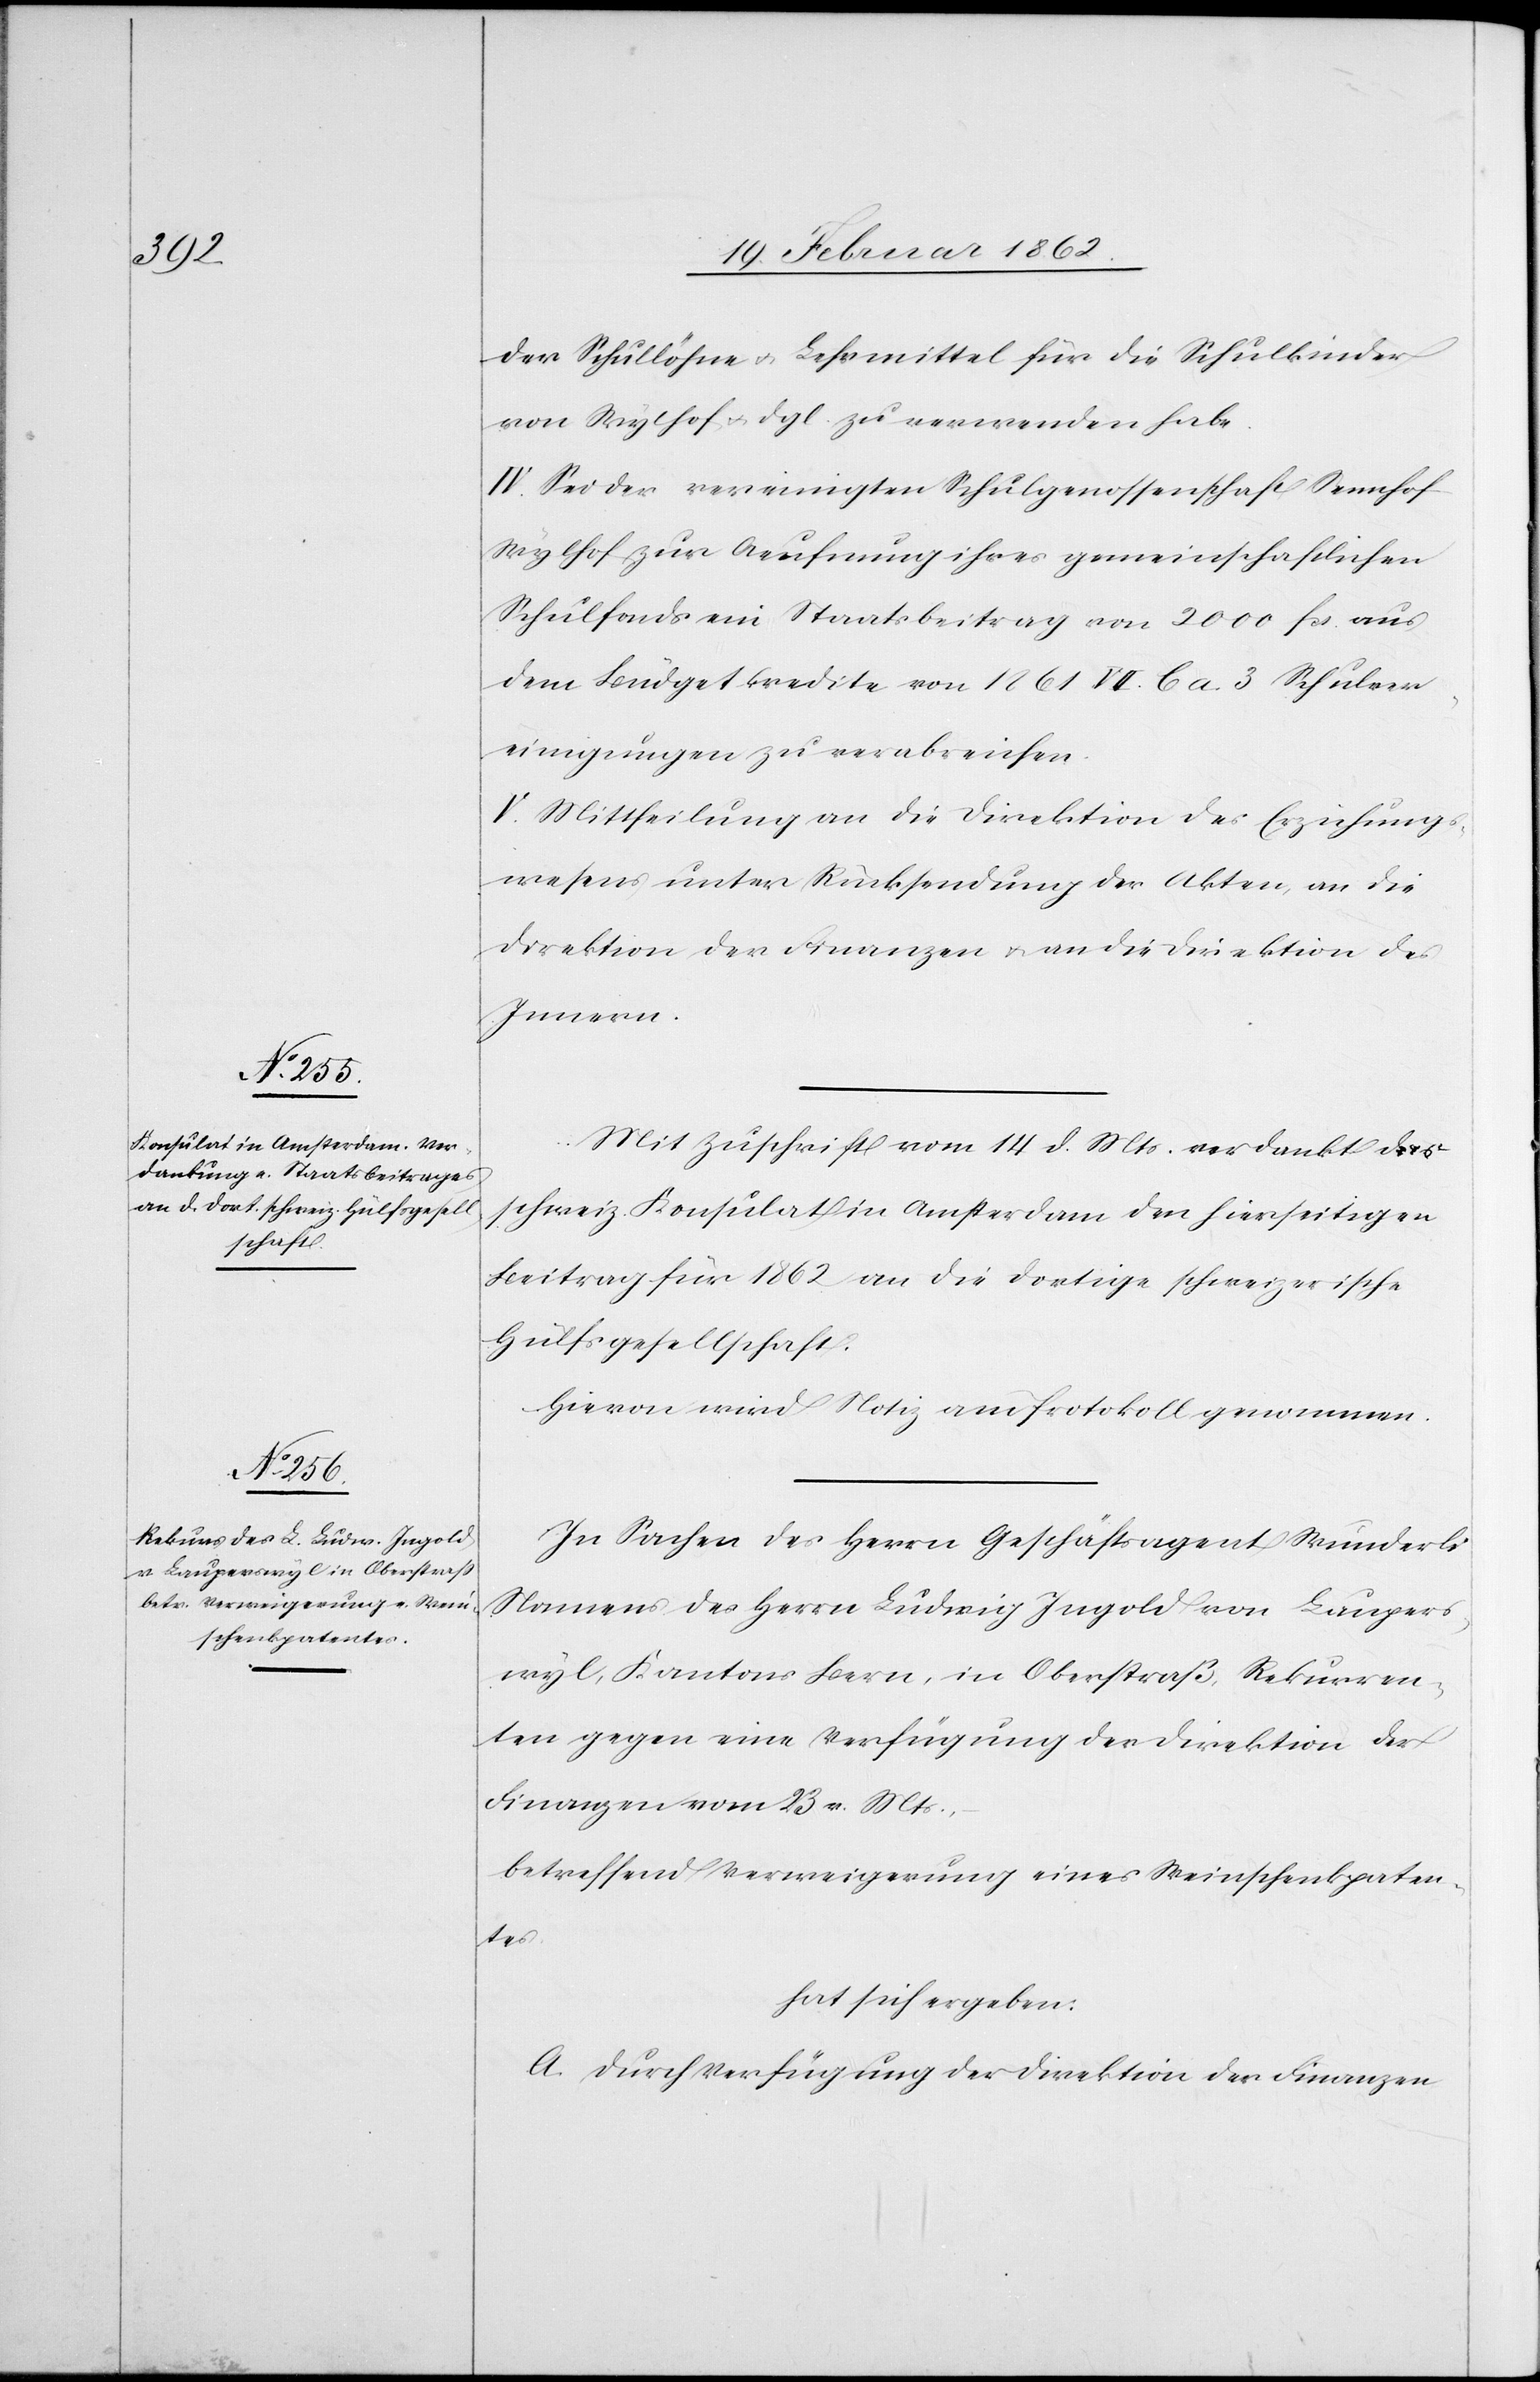
der Schullöhne u. Lehrmittel für die Schulkinder
von Wylhof u. dgl.[)] zu verwenden habe.
IV. Sei der vereinigten Schulgenossenschaft Sennhof
Wylhof zur Aeufnung ihres gemeinschaftlichen
Schulfonds ein Staatsbeitrag von 2000 fcs. aus
dem Büdgetkredite von 1861 VII. C a 3 Schulver¬
einigungen zu verabreichen.
V. Mittheilung an die Direktion des Erziehungs¬
wesens unter Rücksendung der Akten, an die
Direktion der Finanzen u. an die Direktion des
Innern.
Mit Zuschrift vom 14 d. Mts. verdankt das
schweiz. Konsulat in Amsterdam den hierseitigen
Beitrag für 1862 an die dortige schweizerische
Hülfsgesellschaft.
Hievon wird Notiz am Protokoll genommen.
In Sachen des Herrn Geschäftsagent Wunderli
Namens des Herrn Ludwig Ingold von Laupers¬
wyl, Kantons Bern, in Oberstraß, Rekurren¬
ten gegen eine Verfügung der Direktion der
Finanzen vom 23 v. Mts.,
betreffend Verweigerung eines Weinschenkpaten¬
tes
hat sich ergeben:
A. Durch Verfügung der Direktion der Finanzen